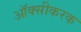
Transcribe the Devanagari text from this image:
ऑक्सीकरक